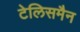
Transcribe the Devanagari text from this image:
टेलिसमैन